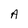
Character: A